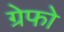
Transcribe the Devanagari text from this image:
ग्रेफो